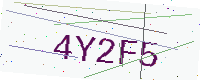
Text: 4Y2F5